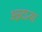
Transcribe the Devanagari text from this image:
अन्नदात्या